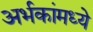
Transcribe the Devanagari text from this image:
अर्भकांमध्ये